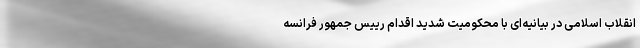
انقلاب اسلامی در بیانیه‌ای با محکومیت شدید اقدام رییس جمهور فرانسه